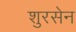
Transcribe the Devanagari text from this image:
शुरसेन